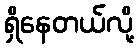
ရှိနေတယ်လို့